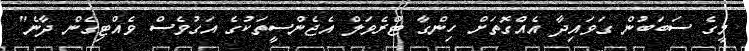
މީގެ ސަބަބުން ގަވައިދާ އެއްގޮތަށް ހިންގާ ޓްރެވަލް އެޖެންސީތަކުގެ އަގުވެސް ވެއްޓިގެން ދާނެ"